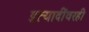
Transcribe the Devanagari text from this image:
इत्यादींवरही